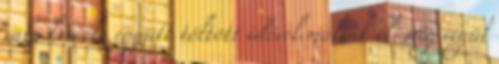
való kevéske együtt töltött idővel múltak el, míg végül